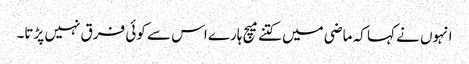
انہوں نے کہا کہ ماضی میں کتنے میچ ہارے اس سے کوئی فرق نہیں پڑتا۔